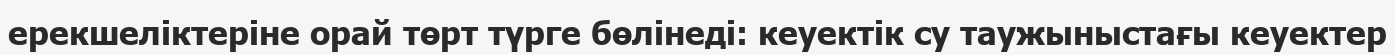
ерекшеліктеріне орай төрт түрге бөлінеді: кеуектік су таужыныстағы кеуектер